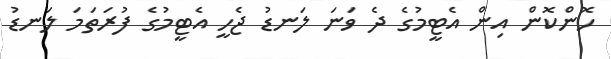
ހޮންކޮން އިން އެޓީމުގެ ދެ ވަނަ ލަނޑު ޖެހީ އެޓީމުގެ ފުރަތަމަ ލަނޑު